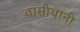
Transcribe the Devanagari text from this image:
वासीयानी